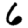
Digit: 6